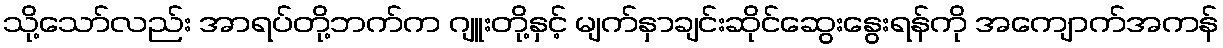
သို့သော်လည်း အာရပ်တို့ဘက်က ဂျူးတို့နှင့် မျက်နှာချင်းဆိုင်ဆွေးနွေးရန်ကို အကျောက်အကန်